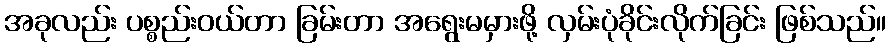
အခုလည်း ပစ္စည်းဝယ်တာ ခြမ်းတာ အရွေးမမှားဖို့ လှမ်းပုံခိုင်းလိုက်ခြင်း ဖြစ်သည်။